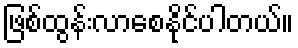
ဖြစ်ထွန်းလာစေနိုင်ပါတယ်။